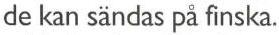
de kan sändas på finska.